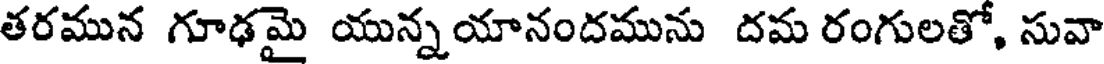
తరమున గూఢమై యున్నయానందమును దమ రంగులతో, సువా